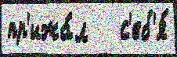
пр'ижа́л   с'еб'я́